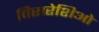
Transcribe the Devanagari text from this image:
विसरेशिओ